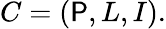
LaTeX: C=(\mathsf{P},L,I).